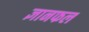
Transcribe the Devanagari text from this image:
ज्ञानफल